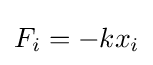
F_{i}=-kx_{i}